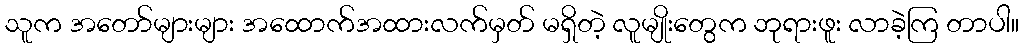
သူက အတော်များများ အထောက်အထားလက်မှတ် မရှိတဲ့ လူမျိုးတွေက ဘုရားဖူး လာခဲ့ကြ တာပါ။